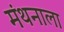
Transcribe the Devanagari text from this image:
मंथनाला